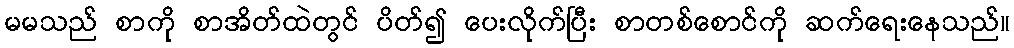
မမသည် စာကို စာအိတ်ထဲတွင် ပိတ်၍ ပေးလိုက်ပြီး စာတစ်စောင်ကို ဆက်ရေးနေသည်။